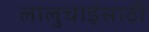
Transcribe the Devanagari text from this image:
लालुचाईंसाठीं